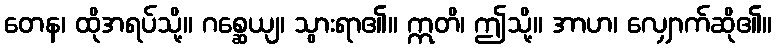
တေန၊ ထိုအရပ်သို့။ ဂစ္ဆေယျ၊ သွားရာ၏။ ဣတိ၊ ဤသို့။ အာဟ၊ လျှောက်ဆို၏။